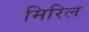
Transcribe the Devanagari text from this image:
मिरिल